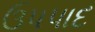
ઉપપાદ